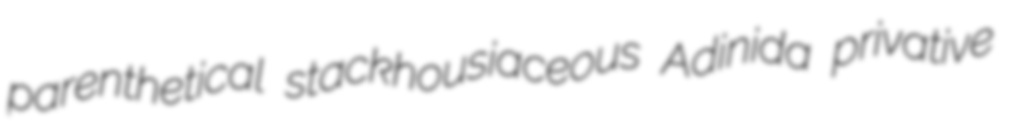
parenthetical stackhousiaceous Adinida privative